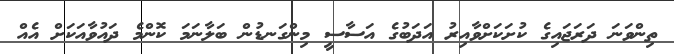
ތިންވަނަ ދަރަޖައިގެ ކުށަކަށްވާއިރު އަދަބުގެ އަސާސީ މިންގަނޑުން ބަލާނަމަ ކޮންމެ ދައުވާއަކަށް އެއް